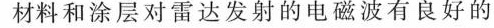
和涂层对雷达发射的电磁波有良好的